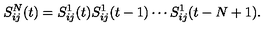
S _ { i j } ^ { N } ( t ) = S _ { i j } ^ { 1 } ( t ) S _ { i j } ^ { 1 } ( t - 1 ) \cdots S _ { i j } ^ { 1 } ( t - N + 1 ) .